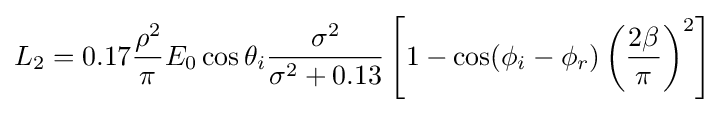
L_{2}=0.17{\frac {\rho ^{2}}{\pi }}E_{0}\cos \theta _{i}{\frac {\sigma ^{2}}{\sigma ^{2}+0.13}}\left[1-\cos(\phi _{i}-\phi _{r})\left({\frac {2\beta }{\pi }}\right)^{2}\right]